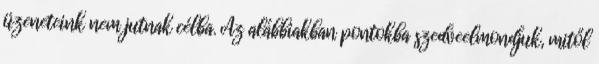
üzeneteink nem jutnak célba. Az alábbiakban pontokba szedveelmondjuk, mitől